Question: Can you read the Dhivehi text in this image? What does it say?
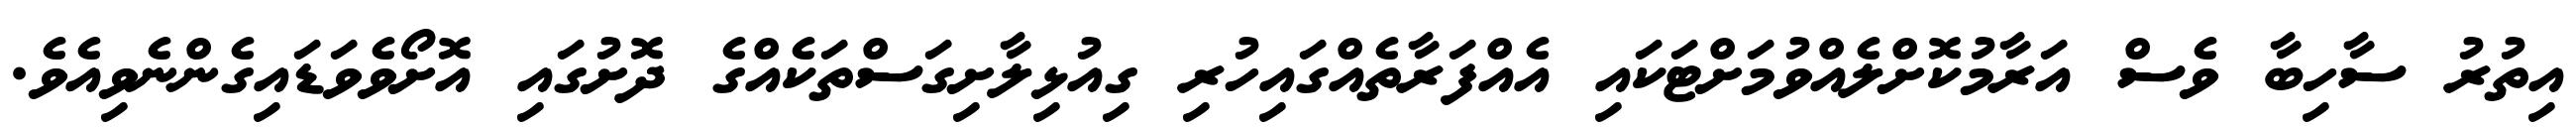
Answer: އިތުރު ސާހިބާ ވެސް އަރާމުކޮށްލެއްވުމަށްޓަކައި އެއްފަރާތެއްގައިހުރި ގިއުޅިލާށިގަސްތަކެއްގެ ދޮށުގައި އޮށޯވެވަޑައިގެންނެވިއެވެ.